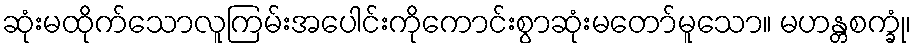
ဆုံးမထိုက်သောလူကြမ်းအပေါင်းကိုကောင်းစွာဆုံးမတော်မူသော။ မဟန္တစက္ခုံ၊